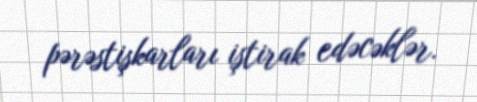
pərəstişkarları iştirak edəcəklər.